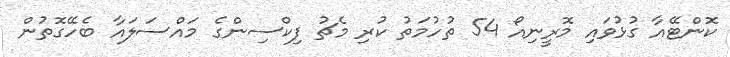
ކޮންޓޭއާ ގުޅުވައި މޮރީނިއޯ 54 ތުހުމަތު ކުރި މެޗު ފިކްސިންގެ މައްސަލައާ ބެހޭގޮތުން